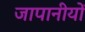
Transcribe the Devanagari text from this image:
जापानीयों